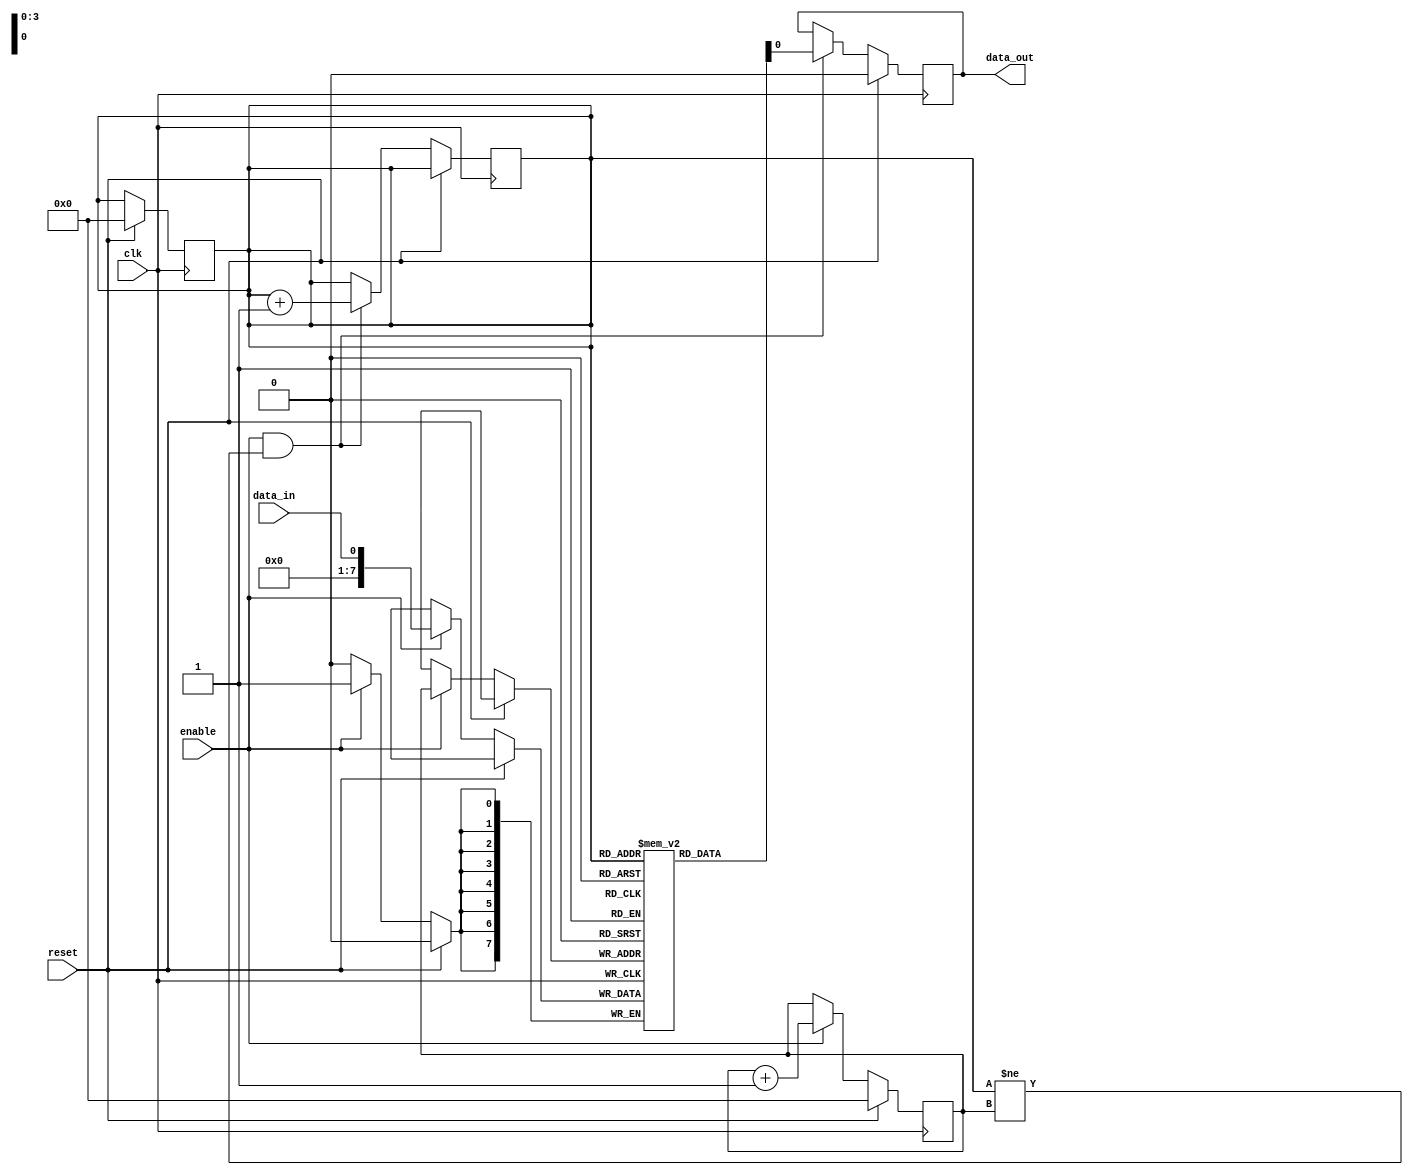
module First_Word_Fall_Through_FIFO (
    input wire clk,  // Clock signal
    input wire reset,  // Reset signal
    input wire enable,  // Enable signal
    input wire data_in,  // Input data signal
    output reg data_out  // Output data signal
);

reg [7:0] fifo [0:15];  // FIFO buffer with 16 memory locations
reg [3:0] read_ptr;  // Read pointer
reg [3:0] write_ptr;  // Write pointer

always @(posedge clk) begin
    if (reset) begin
        read_ptr <= 4'b0;  // Reset read pointer
        write_ptr <= 4'b0;  // Reset write pointer
    end else if (enable) begin
        fifo[write_ptr] <= data_in;  // Write input data to FIFO buffer
        write_ptr <= write_ptr + 1;  // Increment write pointer
    end
end

always @(posedge clk) begin
    if (reset) begin
        data_out <= 8'b0;  // Reset output data
    end else if (enable && (read_ptr != write_ptr)) begin
        data_out <= fifo[read_ptr];  // Read data from FIFO buffer
        read_ptr <= read_ptr + 1;  // Increment read pointer
    end
end

endmodule